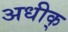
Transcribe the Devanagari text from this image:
अधीक्